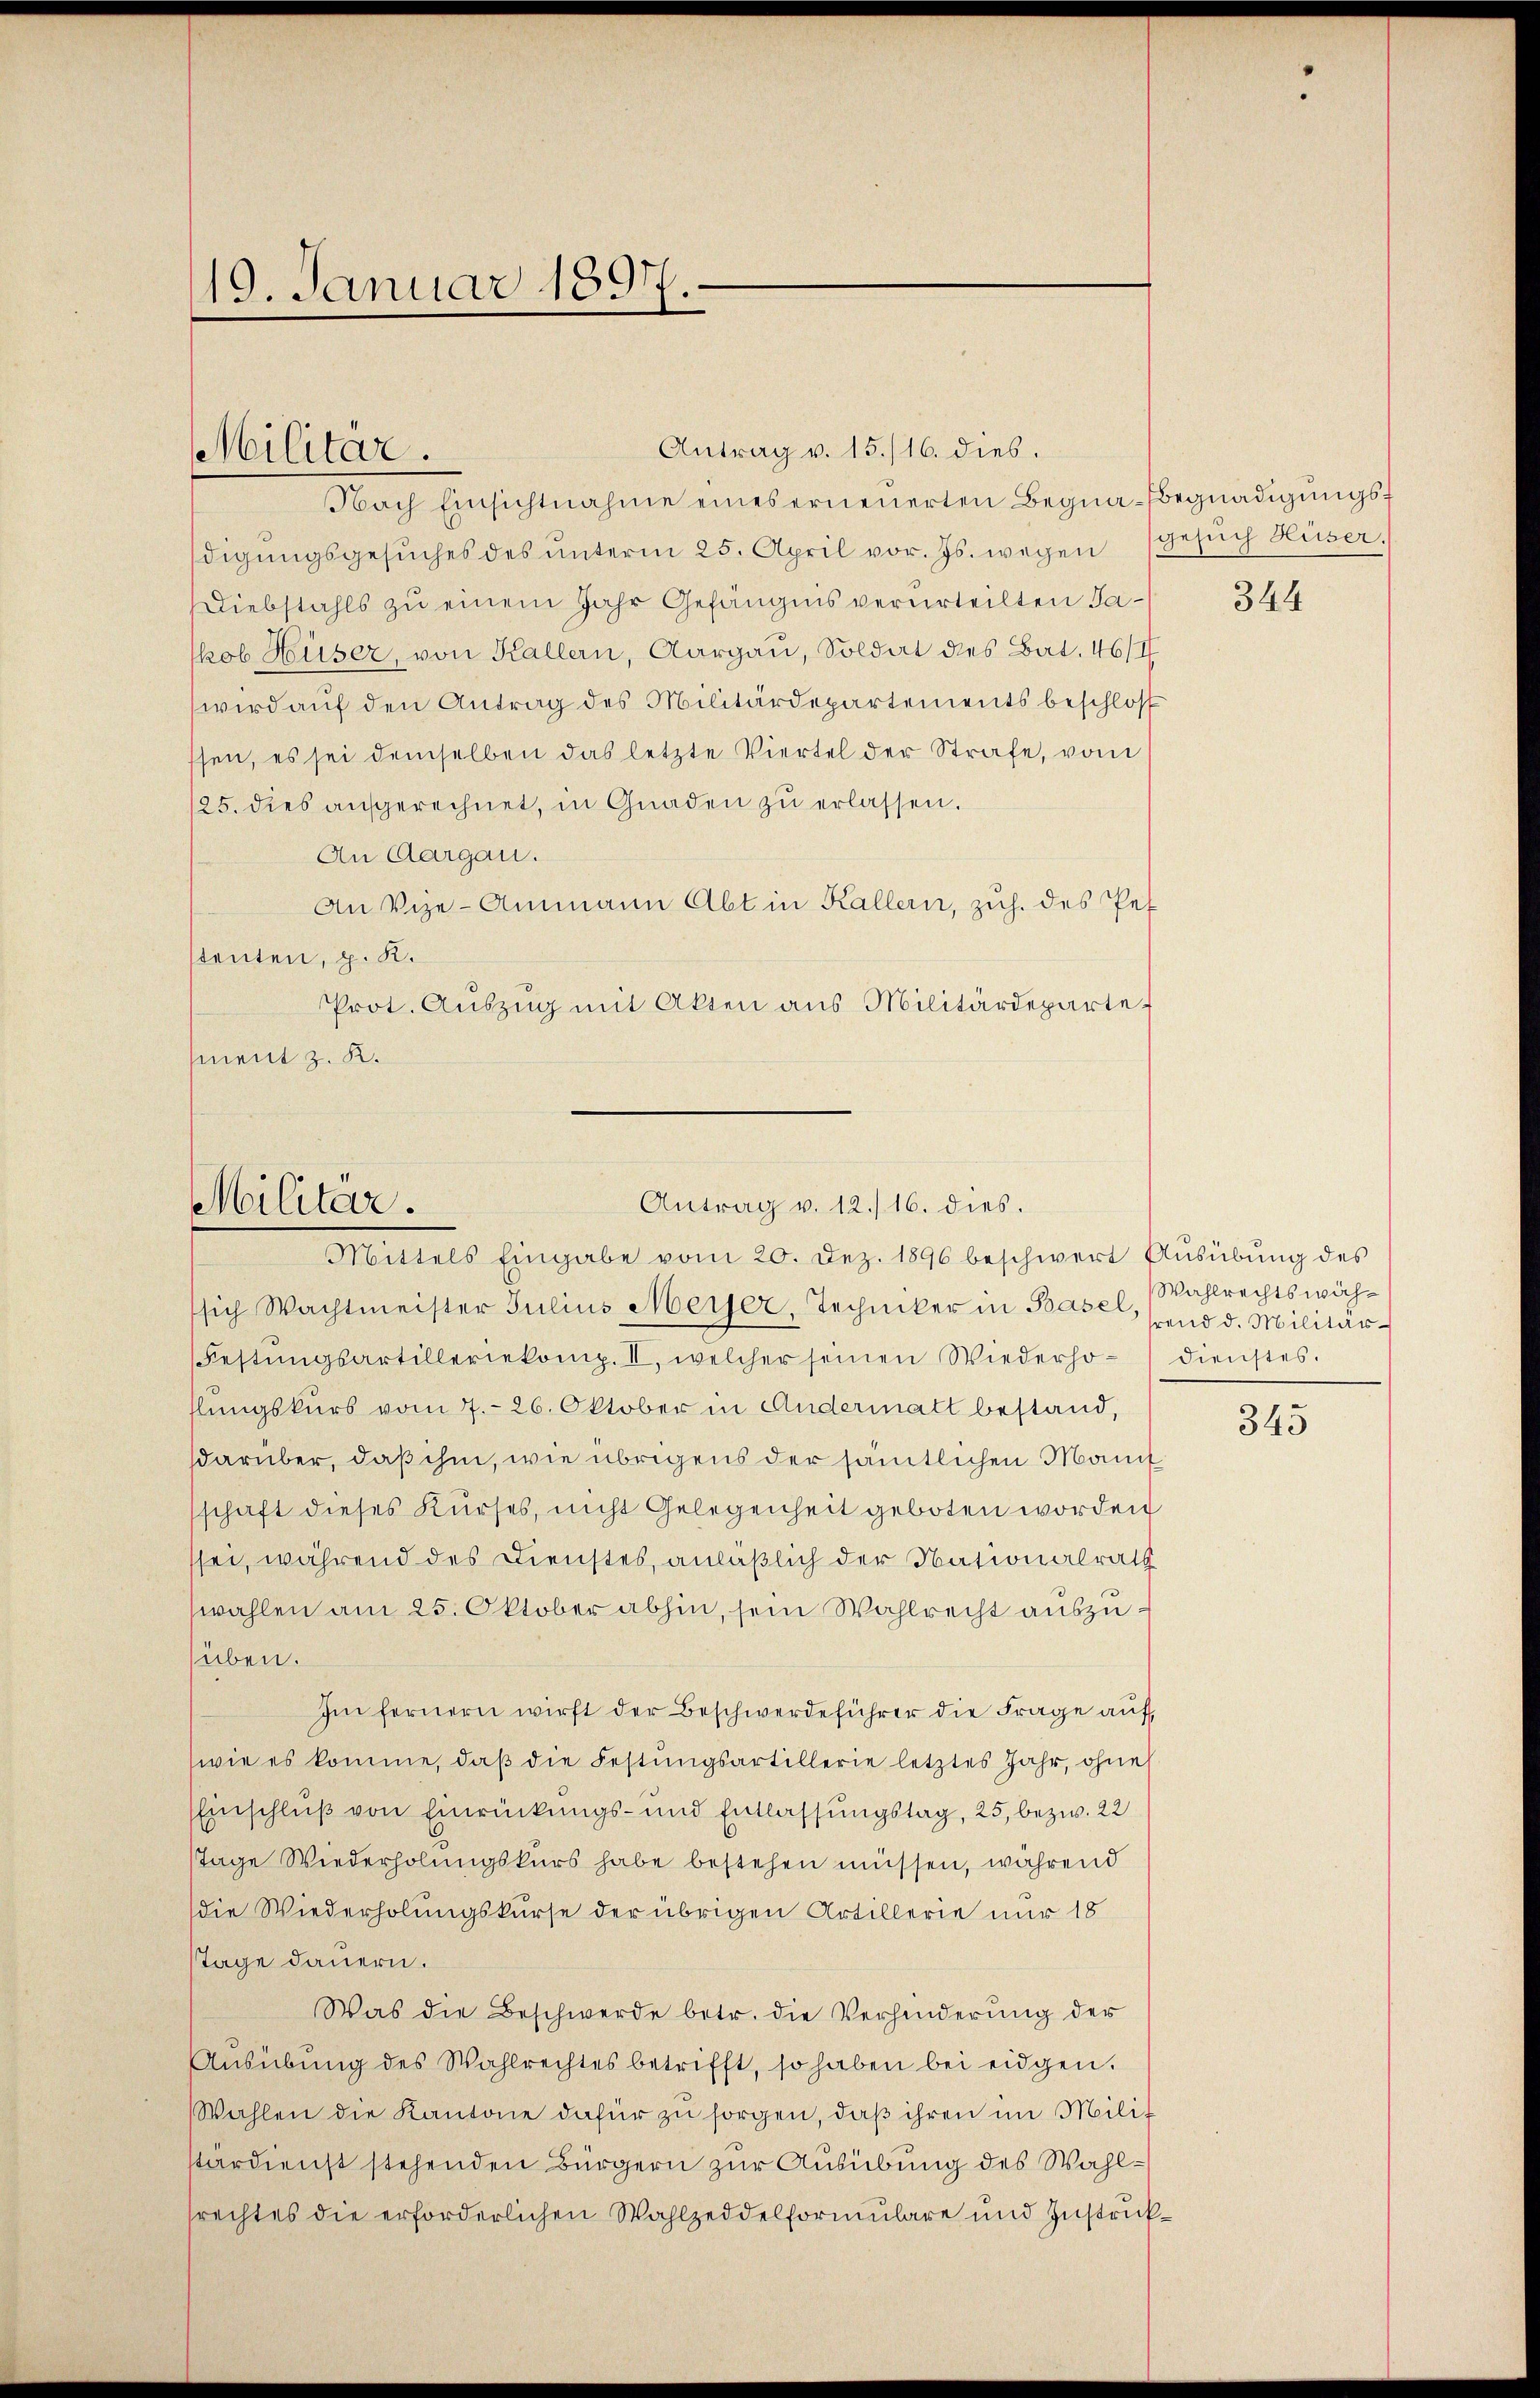
19. Januar 1897.

Militär.

Antrag v. 15./16. dies.
Nach Einsichtnahme eines erneuerten Begna-Begnadigungsdigŭngsgesŭches des ŭnterm 25. April vor. Js. wegen (Gesŭch Huser,
Diebstahls zu einem Jahr Gefängnis verurteilten Jakob Huser, von Kallern, Aargau, Soldat des Bat. 46/I
wird auf den Antrag des Militärdepartements beschloß
ssen, es sei demselben das letzte Viertel der Strafe, vom
125. dies aufgerechnet, in Gnaden zu erlassen.
An Aargau.
An Vize-Ammann Abt in Kallern, zuh. des Pet
stenten, p. K.
Prot. Aŭszŭg mit Akten aus Militärdepartet
sment z. K.

Antrag v. 12./16. dies.
Militär.
Mittels Eingabe vom 20. Dez. 1896 beschwert Aŭsübŭng des

sich Wachtmeister Julius Meiser, Techniker in Base, und d. Militär-
Festŭngsartilleriekomp. II, welcher seinen Wiederho-dienstes.
hlungskurs vom 7. 26. Oktober in Andermatt bestand,
darüber, daß ihm, wie übrigens der sämtlichen Manif
schaft dieses Kurses, nicht Gelegenheit geboten worden
ssei, während des Dienstes, anläßlich der Nationalrath
wahlen am 25. Oktober abhin, sein Wahlrecht auszuüben.
Im fernern wirft der Beschwerdeführer die Frage auf,
wie es komme, daβ die Festŭngsartillerie letztes Jahr, ohne
Einschluß von Einrückungs- und Entlassungstag, 25, bezw. 22
Tage Wiederholungskurs habe bestehen müssen, während
die Wiederholungskurse der übrigen Artillerie nur 18
Tage dauern.
Was die Beschwerde betr. die Verhinderŭng der
Ausübung des Wahlrechtes betrifft, so haben bei eidgen.
Wahlen die Kantone dafür zŭ sorgen, daβ ihren im Milit
stardienst stehenden Bürgern zur Ausübung des Wahlsrechtes die erforderlichen Wahlzeddelformulare und Zustruk¬

344

Wahlrechts wäh¬

345